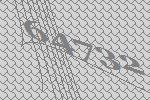
64732